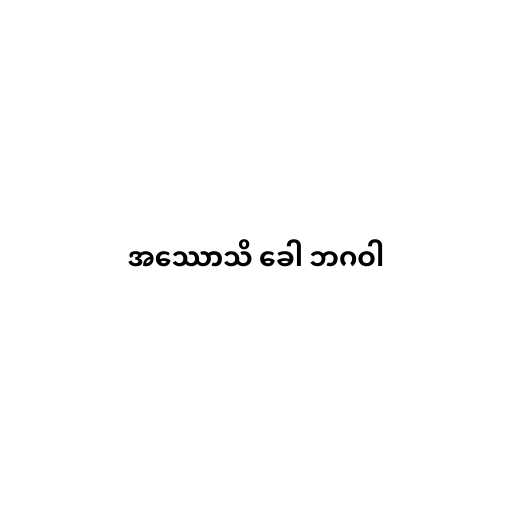
အဿောသိ ခေါ ဘဂဝါ